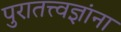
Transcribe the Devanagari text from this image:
पुरातत्त्वज्ञांना